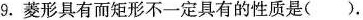
9.菱形具有而矩形不一定具有的性质是().